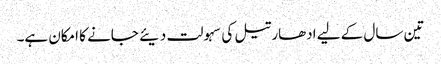
تین سال کے لیے ادھار تیل کی سہولت دیئے جانے کا امکان ہے۔